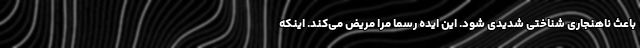
باعث ناهنجاری شناختی شدیدی شود. این ایده رسما مرا مریض می‌کند. اینکه